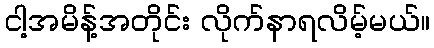
ငါ့အမိန့်အတိုင်း လိုက်နာရလိမ့်မယ်။